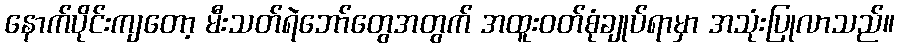
နောက်ပိုင်းကျတော့ မီးသတ်ရဲဘော်တွေအတွက် အထူးဝတ်စုံချုပ်ရာမှာ အသုံးပြုလာသည်။